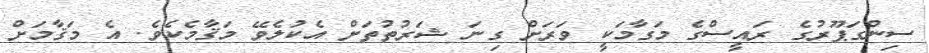
ސިންގަޕޫރުގެ ރައީސްގެ މަގާމަކީ ވަރަށް ގިނަ ޝަރުތުތަށް އެކުލެވޭ މަޤާމެކެވެ. އެ މަޤާމަށް